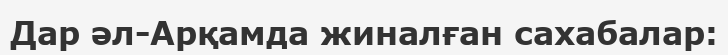
Дар әл-Арқамда жиналған сахабалар: